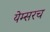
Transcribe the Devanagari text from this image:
येम्सरच